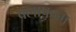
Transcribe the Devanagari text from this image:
क्लाफाम